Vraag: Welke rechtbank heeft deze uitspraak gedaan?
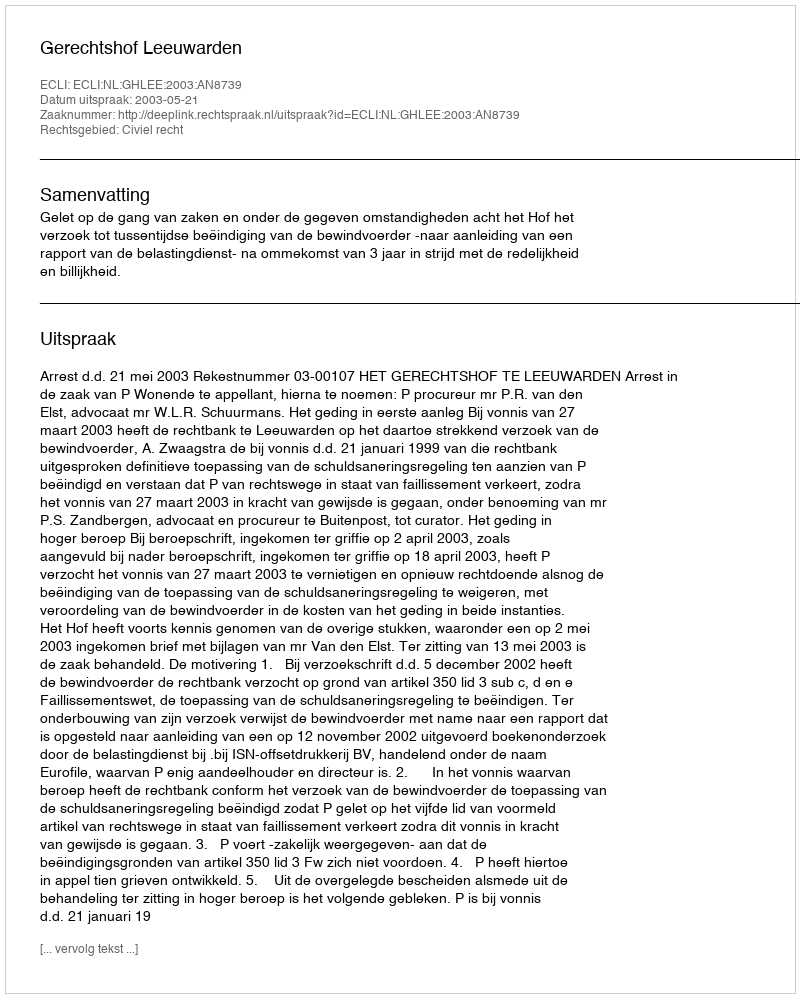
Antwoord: Gerechtshof Leeuwarden